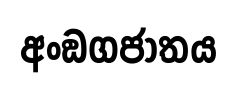
අංඞගජාතය